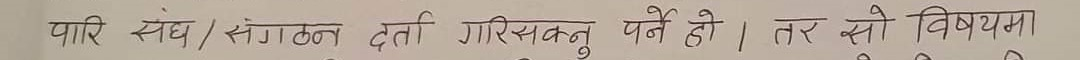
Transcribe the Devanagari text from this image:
पारि संबंध / संगठन दर्ता गरिसक्नु पर्ने हो। तर से विषयमा